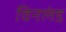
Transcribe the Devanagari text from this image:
विनलंड